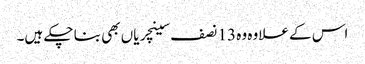
اس کے علاوہ وہ 13 نصف سینچریاں بھی بنا چکے ہیں۔